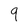
Character: 9